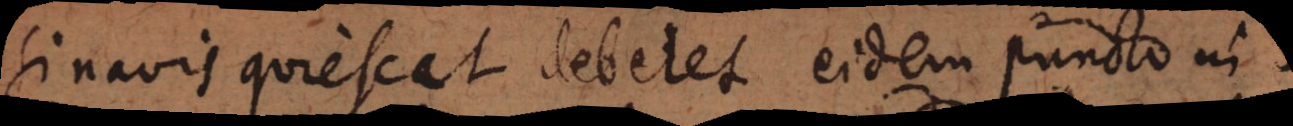
Si navis quiescat deberet eidem puncto in-